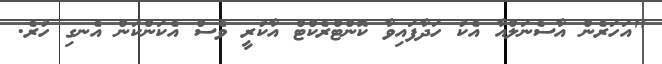
"އަހަރެން އާސެނަލްއާ އެކު ހަދާފައިވާ ކޮންޓްރެކްޓް އާކުރީ ވެސް އެކަންކަން އެނގި ހުރެ.